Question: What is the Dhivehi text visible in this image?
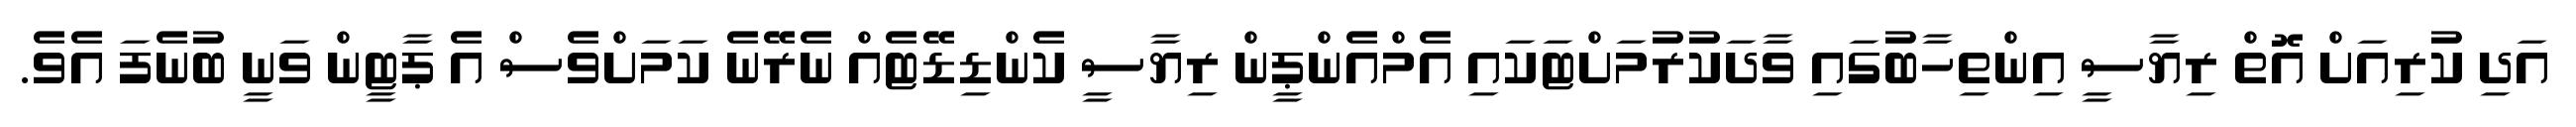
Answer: އަދި ކުރިއަށް އޮތް ރިޔާސީ އިންތިހާބުގައި ވާދަކުރުމަށްޓަކައި އެމްއެންޕީން ރިޔާސީ ކެންޑިޑޭޓެއް ނެރޭނެ ކަމަށްވެސް އެ ޕާޓީން ވަނީ ބުނެފަ އެވެ.